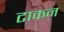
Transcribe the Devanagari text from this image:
टाकन